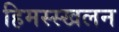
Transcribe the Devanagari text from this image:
हिमस्स्खलन